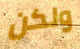
ولكن